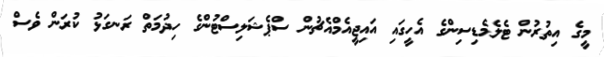
މީގެ އިތުރުން ޓެލެމެޑިސިންގެ އެހީގައި އައިޖީއެމްއެޗުން ސްޕެޝަލިސްޓުންގެ ހިދުމަތް ރަނގަޅު ކުރަން ވެސް